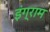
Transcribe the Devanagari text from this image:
इंग्राम